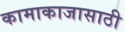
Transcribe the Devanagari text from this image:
कामाकाजासाठी